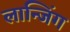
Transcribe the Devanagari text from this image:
लान्जिंग